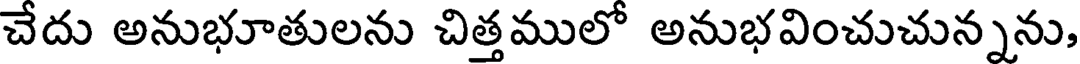
చేదు అనుభూతులను చిత్తములో అనుభవించుచున్నను,